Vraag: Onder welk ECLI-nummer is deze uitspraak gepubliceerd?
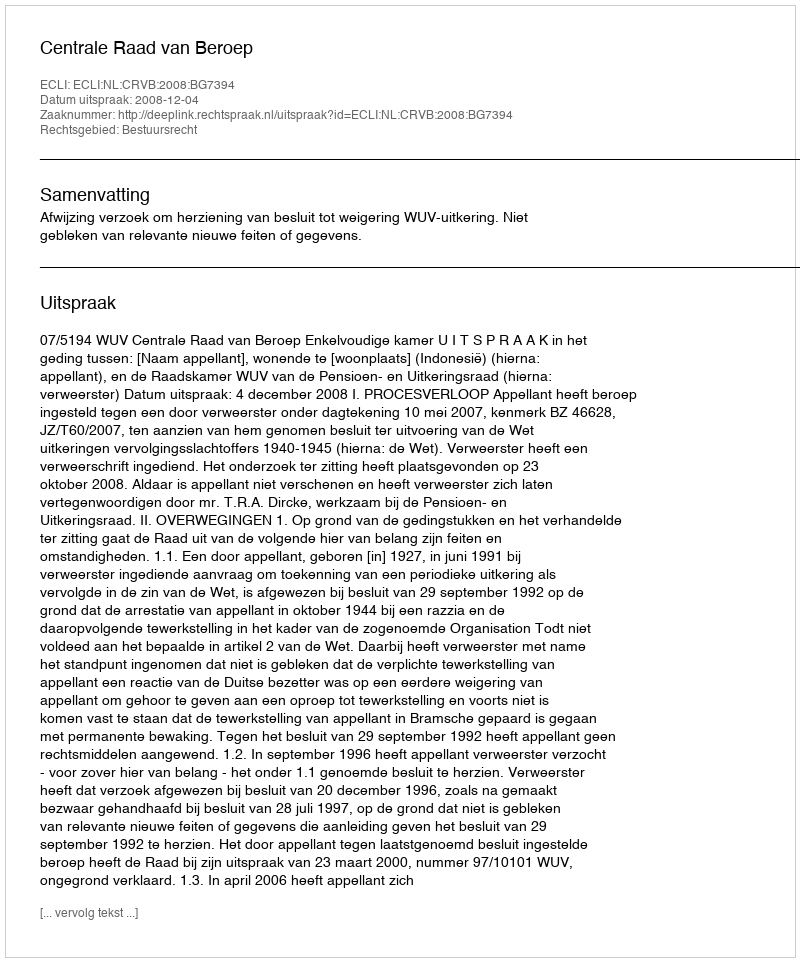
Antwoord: ECLI:NL:CRVB:2008:BG7394